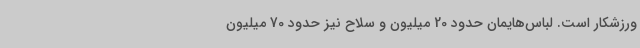
ورزشکار است. لباس‌هایمان حدود 20 میلیون و سلاح نیز حدود 70 میلیون